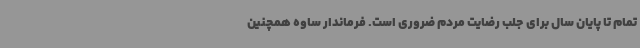
تمام تا پایان سال برای جلب رضایت مردم ضروری است. فرماندار ساوه همچنین